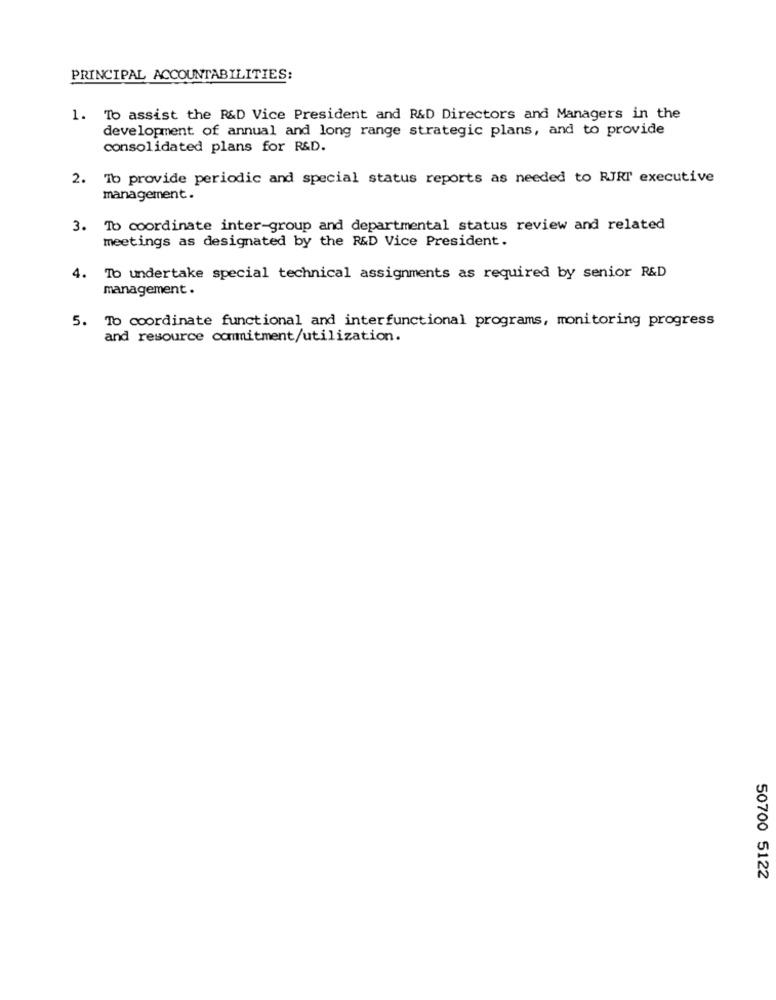
PRINCIPAL ACCOUNTABILITIES:
1. To assist the R&D Vice President and R&D Directors and Managers in the
development of annual and long range strategic plans, and to provide
consolidated plans for R&D.
2. Tb provide periodic and special status reports as needed to RJRT executive
management.
3. To coordinate inter-group and departmental status review and related
meetings as designated by the R&D Vice President.
4.
To undertake special technical assignments as required by senior R&D
management.
5. To coordinate functional and interfunctional programs, monitoring progress
and resource commitment/utilization.
50700 5122